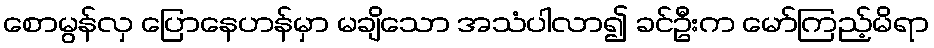
စောမွန်လှ ပြောနေဟန်မှာ မချိသော အသံပါလာ၍ ခင်ဦးက မော်ကြည့်မိရာ